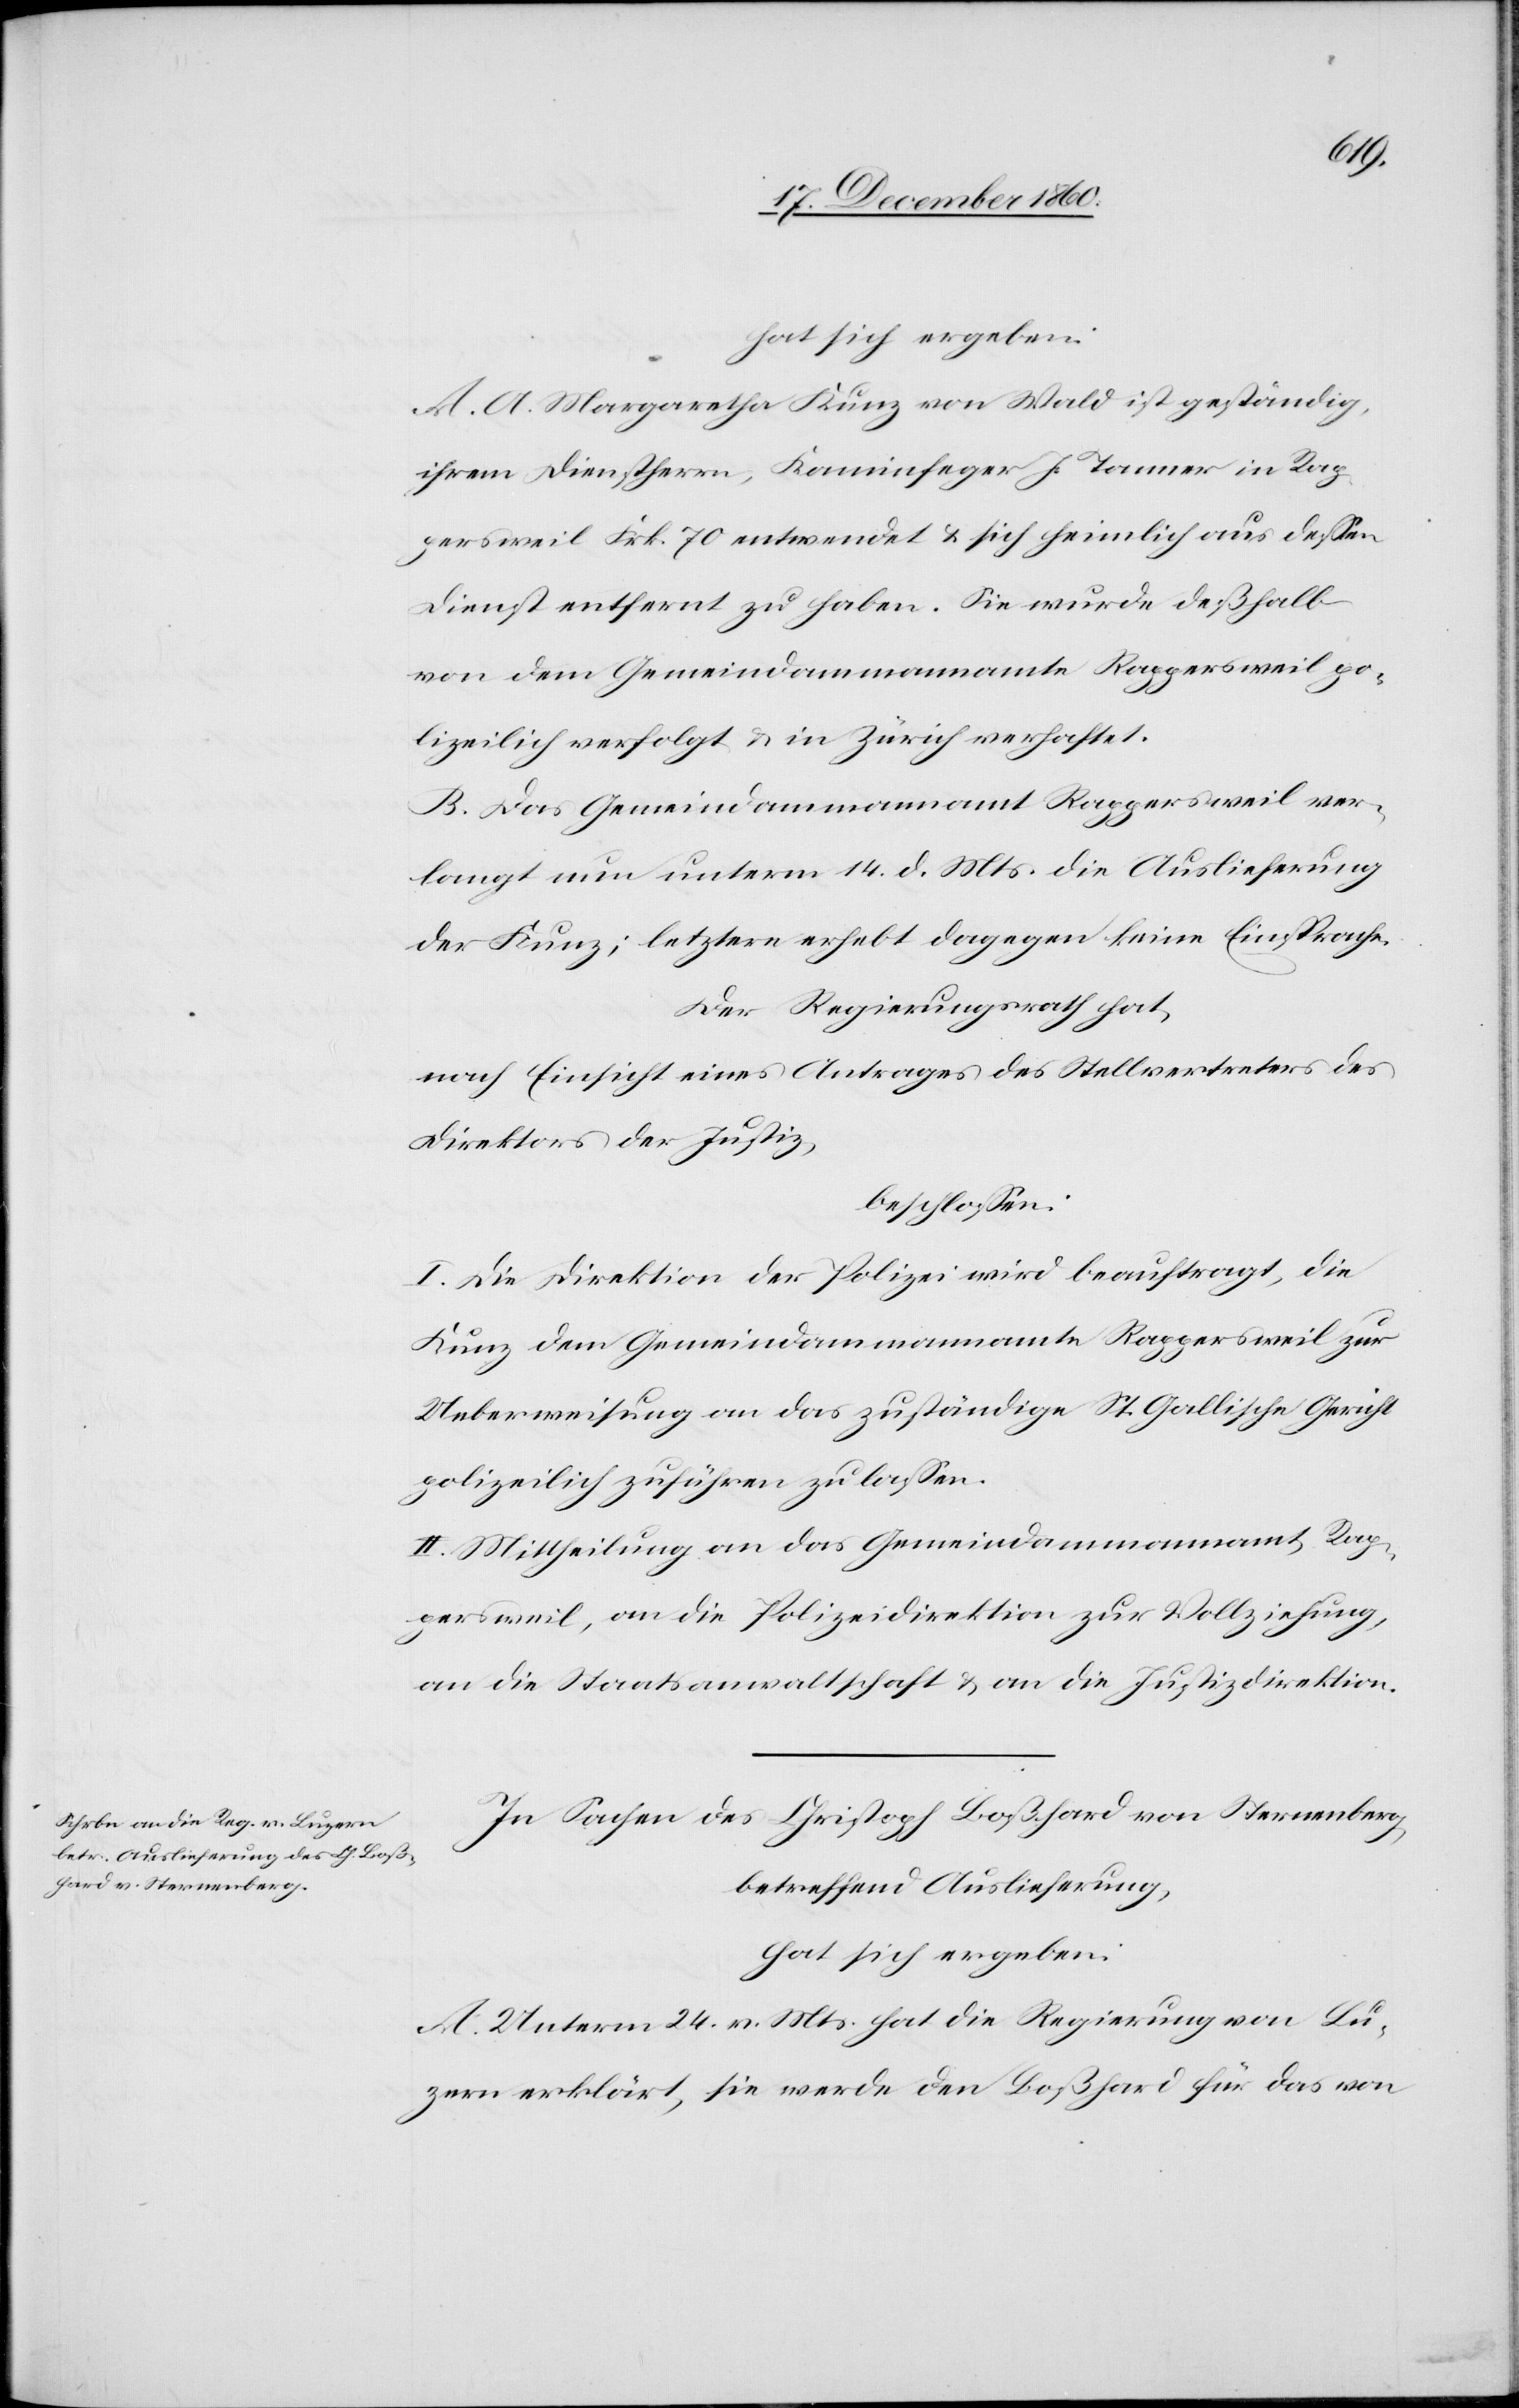
hat sich ergeben:
A. A. Margareta Kunz von Wald ist geständig,
ihrem Dienstherrn, Kaminfeger J. Tanner in Rap¬
persweil Frk. 70 entwendet u. sich heimlich aus dessen
Dienst entfernt zu haben. Sie wurde deßhalb
von dem Gemeindammannamte Rappersweil po¬
lizeilich verfolgt u. in Zürich verhaftet.
B. Das Gemeindammannamt Rappersweil ver¬
langt nun unterm 14. d. Mts. die Auslieferung
der Kunz; letztere erhebt dagegen keine Einsprache.
Der Regierungsrath hat,
nach Einsicht eines Antrages des Stellvertreters des
Direktors der Justiz,
beschlossen:
I. Die Direktion der Polizei wird beauftragt, die
Kunz dem Gemeindammannamte Rappersweil zur
Ueberweisung an das zuständige St. Gallische Gericht
polizeilich zuführen zu lassen.
II. Mittheilung an das Gemeindammannamt Rap¬
persweil, an die Polizeidirektion zur Vollziehung,
an die Staatsanwaltschaft u. an die Justizdirektion.
In Sachen des Christoph Boßhard von Sternenberg,
betreffend Auslieferung,
A. Unterm 24. v. Mts. hat die Regierung von Lu¬
zern erklärt, sie werde den Boßhard für das von